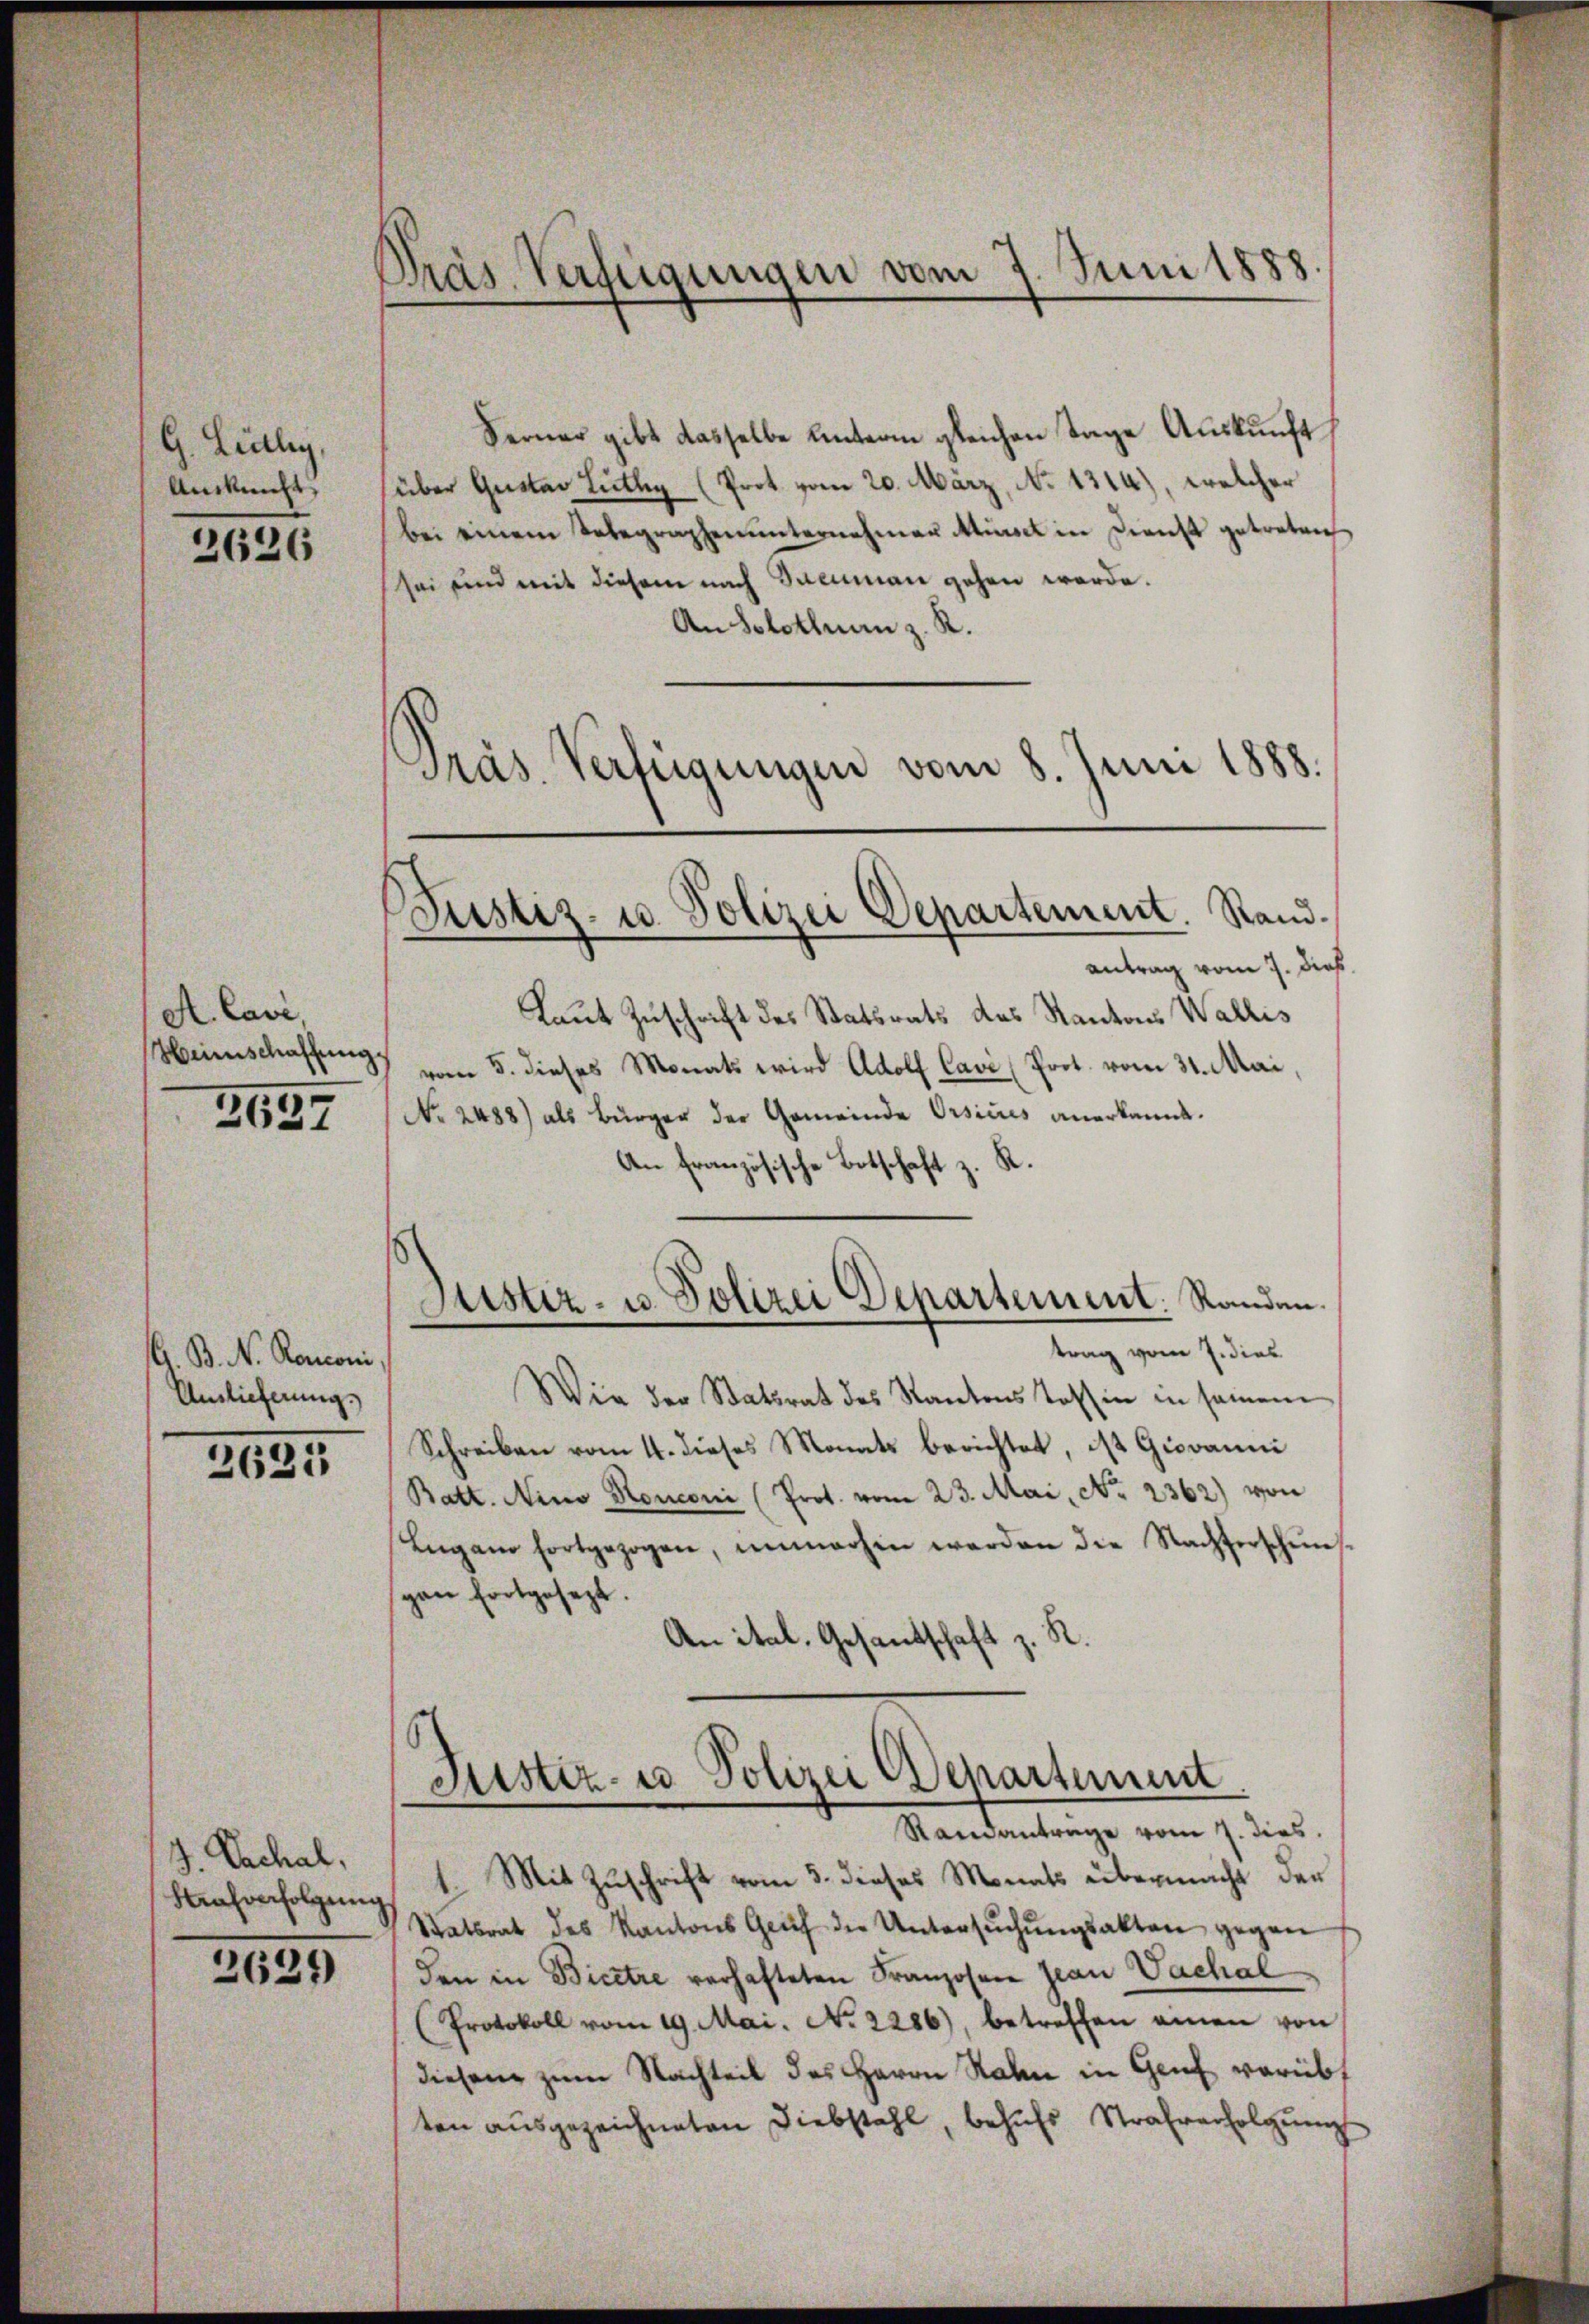
G. Leitley,
Auskunft,

2626

A. Cave,
Heienschaffung

2637

G. B. N. Renconi
Auslieferung.

2635

J. Nachal,
Strafverfolgung

2624)

Präs. Verfügungen vom 7. Juni 1888.

Justiz- u. Polizei Departement. Sandantrag vom 7. dieß

Ferner gibt dasselbe unterm gleichen Tage Auskunft
über Gustav Lüthy (Prot. vom 20. März, No. 1314), welcher
bei einem Telegraphenŭnternehmer insel in Dienst getreten
sei und mit diesem nach Salmann gehen werde.
An Solothurn z. R.
Präs. Verfügungen vom 8. Juni 1888.
Laut Zuschrift des Statsrats des Kantons Wallis
vom 5. dieses Monats wird Adolf Cavi (Prot. vom 31. Mai,
No. 2488) als Bürger der Gemeinde Orsiires anerkannt.
An französische Botschaft z. R.
Justiz- u. Polizei Departement. Randen.
trag vom 7. dies
Wie der Statsrat des Kantons Tessin in seinem
Schreiben vom 4. dieses Monats berichtet, ist Giovanni
Batt. Nino Ronconi (Prot. vom 23. Mai, No. 2362) von
Lugano fortgezogen, unmachen werden die Nachterschein-
gan fortgesezt.
An ital, Gesandschaft z. R.

Standantrage vom 7. dies.
Mit Zuschrift vom 3. dieses Monats übermacht der
Satsrat des Kantons Grŭf die Untersŭchŭngsakten gegen
den in Bicetre verhafteten Franzosen Jean Vachal
(Protokoll vom 19. Mai. No. 2286), betreffen einen von
diesen zum Nachteil des Herrn Rahn in Genf vorübt
ten ausgezeichneten Diebstahl, behufs Strafverfolgung

Justiz- u Polizei Departement